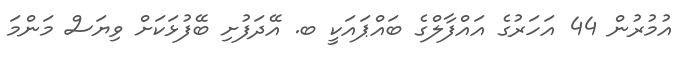
އުމުރުން 44 އަހަރުގެ އައްފާލްގެ ބައްޕައަކީ ބ. އޭދަފުށި ބޭފުޅަކަށް ވިޔަސް މަންމަ